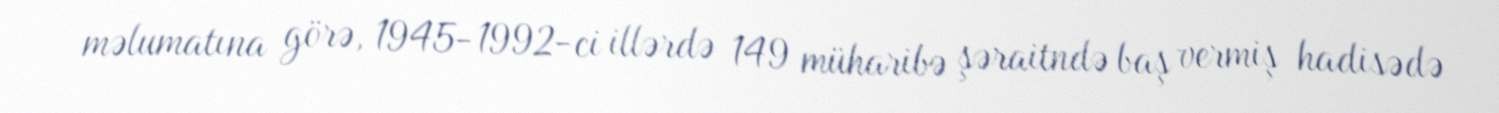
məlumatına görə, 1945-1992-ci illərdə 149 müharibə şəraitndə baş vermiş hadisədə